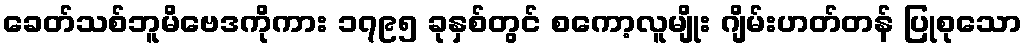
ခေတ်သစ်ဘူမိဗေဒကိုကား ၁၇၉၅ ခုနှစ်တွင် စကော့လူမျိုး ဂျိမ်းဟတ်တန် ပြုစုသော